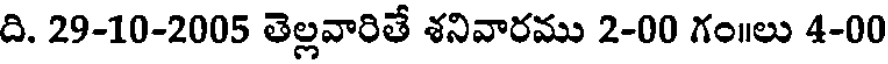
ది. 29-10-2005 తెల్లవారితే శనివారము 2-00 గం॥లు 4-00